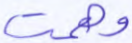
وهمت